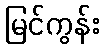
မြင်ကွန်း